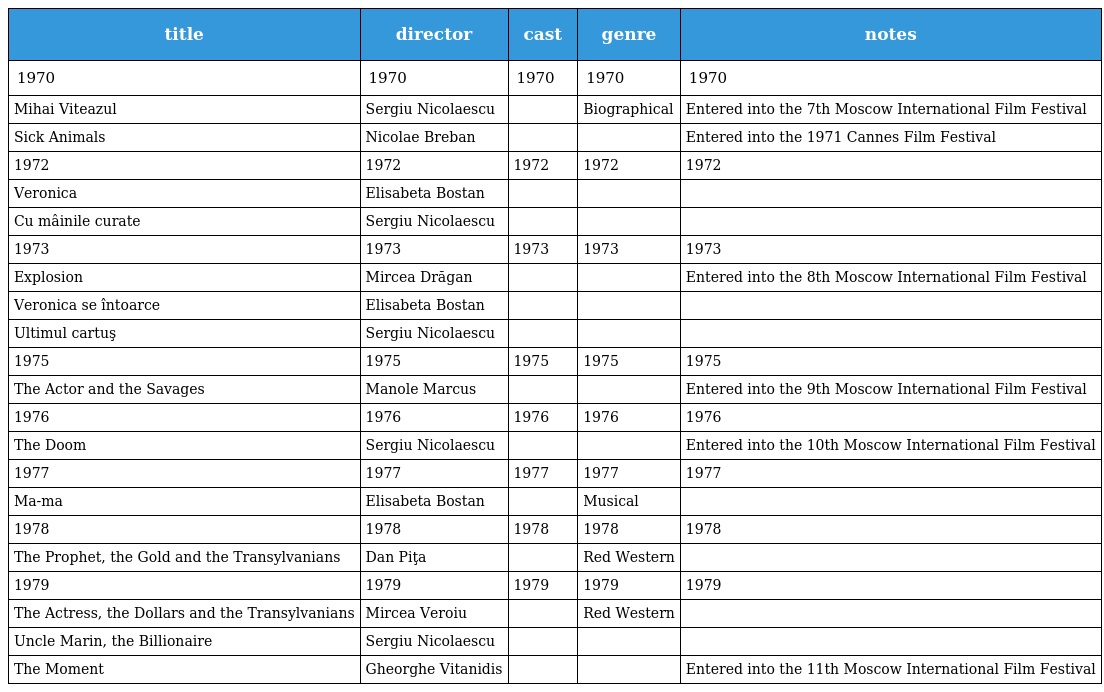
| title | director | cast | genre | notes |
 | --- | --- | --- | --- | --- |
 | 1970 | 1970 | 1970 | 1970 | 1970 |
 | Mihai Viteazul | Sergiu Nicolaescu |  | Biographical | Entered into the 7th Moscow International Film Festival |
 | Sick Animals | Nicolae Breban |  |  | Entered into the 1971 Cannes Film Festival |
 | 1972 | 1972 | 1972 | 1972 | 1972 |
 | Veronica | Elisabeta Bostan |  |  |  |
 | Cu mâinile curate | Sergiu Nicolaescu |  |  |  |
 | 1973 | 1973 | 1973 | 1973 | 1973 |
 | Explosion | Mircea Drăgan |  |  | Entered into the 8th Moscow International Film Festival |
 | Veronica se întoarce | Elisabeta Bostan |  |  |  |
 | Ultimul cartuş | Sergiu Nicolaescu |  |  |  |
 | 1975 | 1975 | 1975 | 1975 | 1975 |
 | The Actor and the Savages | Manole Marcus |  |  | Entered into the 9th Moscow International Film Festival |
 | 1976 | 1976 | 1976 | 1976 | 1976 |
 | The Doom | Sergiu Nicolaescu |  |  | Entered into the 10th Moscow International Film Festival |
 | 1977 | 1977 | 1977 | 1977 | 1977 |
 | Ma-ma | Elisabeta Bostan |  | Musical |  |
 | 1978 | 1978 | 1978 | 1978 | 1978 |
 | The Prophet, the Gold and the Transylvanians | Dan Piţa |  | Red Western |  |
 | 1979 | 1979 | 1979 | 1979 | 1979 |
 | The Actress, the Dollars and the Transylvanians | Mircea Veroiu |  | Red Western |  |
 | Uncle Marin, the Billionaire | Sergiu Nicolaescu |  |  |  |
 | The Moment | Gheorghe Vitanidis |  |  | Entered into the 11th Moscow International Film Festival |